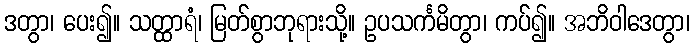
ဒတွာ၊ ပေး၍။ သတ္ထာရံ၊ မြတ်စွာဘုရားသို့။ ဥပသင်္ကမိတွာ၊ ကပ်၍။ အဘိဝါဒေတွာ၊